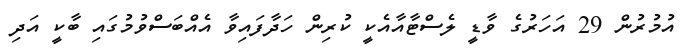
އުމުރުން 29 އަހަރުގެ ވާޑީ ލެސްޓާއާއެކީ ކުރިން ހަދާފައިވާ އެއްބަސްވުމުގައި ބާކީ އަދި